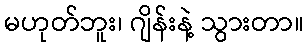
မဟုတ်ဘူး၊ ဂျိန်းနဲ့ သွားတာ။